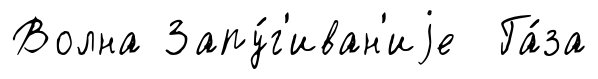
Волна Запу́г'иван'иjе Га́за